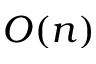
O ( n )